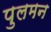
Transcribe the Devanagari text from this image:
पुलमन